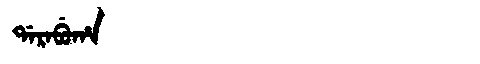
Manchu: ᡩᠠᡵᠠᠪᡠᡥᠠ
Romanization: DARABUHA